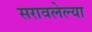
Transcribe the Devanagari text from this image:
सरावलेल्या